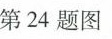
第24题图